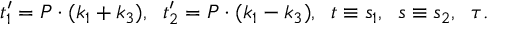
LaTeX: t _ { 1 } ^ { \prime } = P \cdot ( k _ { 1 } + k _ { 3 } ) , \; \; t _ { 2 } ^ { \prime } = P \cdot ( k _ { 1 } - k _ { 3 } ) , \; \; t \equiv s _ { 1 } , \; \; s \equiv s _ { 2 } , \; \; \tau .